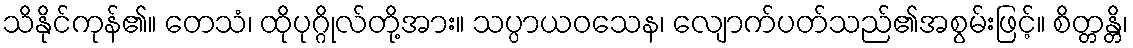
သိနိုင်ကုန်၏။ တေသံ၊ ထိုပုဂ္ဂိုလ်တို့အား။ သပ္ပာယဝသေန၊ လျောက်ပတ်သည်၏အစွမ်းဖြင့်။ စိတ္တန္တိ၊